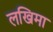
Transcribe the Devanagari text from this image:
लखिमा